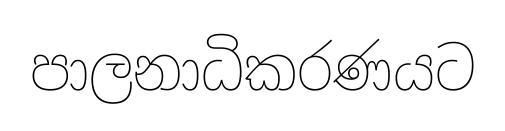
පාලනාධිකරණයට